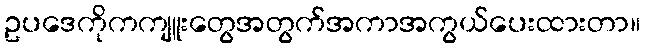
ဥပဒေကိုကကျူးတွေအတွက်အကာအကွယ်ပေးထားတာ။